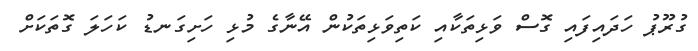
ގުރޫޕު ހަދައިފައި ގޮސް ވަޅިތަކާއި ކަތިވަޅިތަކުން އޭނާގެ މުޅި ހަށިގަނޑު ކަހަލަ ގޮތަކަށް